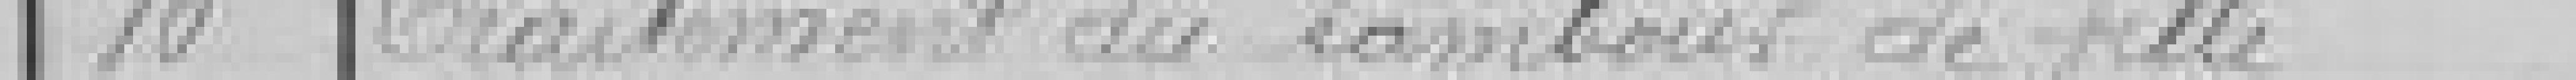
10 Traitement du tambour de ville